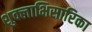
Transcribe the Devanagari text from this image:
शुक्लाभिसारिका